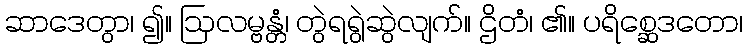
ဆာဒေတွာ၊ ၍။ ဩလမ္ဗန္တံ၊ တွဲရရွဲဆွဲလျက်။ ဌိတံ၊ ၏။ ပရိစ္ဆေဒတော၊